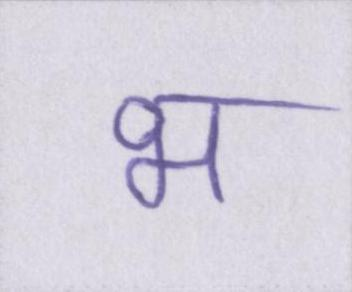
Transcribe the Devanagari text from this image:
भ